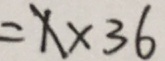
= x \times 3 6